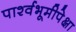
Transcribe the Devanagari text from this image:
पार्श्वभूमीपेक्षा